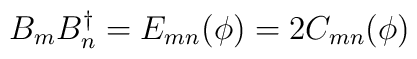
B_{m}B^{\dagger}_{n} = E_{mn} (\phi)= 2C_{mn}(\phi)